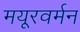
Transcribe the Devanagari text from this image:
मयूरवर्मन